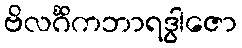
ဗိလင်္ဂိကဘာရဒွါဇော